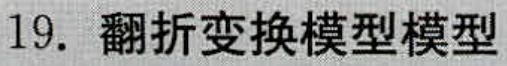
19. 翻折变换模型模型